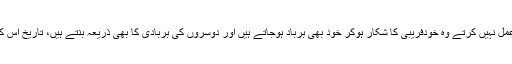
جو اس پر عمل نہیں کرتے وہ خودفریبی کا شکار ہوکر خود بھی برباد ہوجاتے ہیں اور دوسروں کی بربادی کا بھی ذریعہ بنتے ہیں، تاریخ اس کی شاہد ہے۔